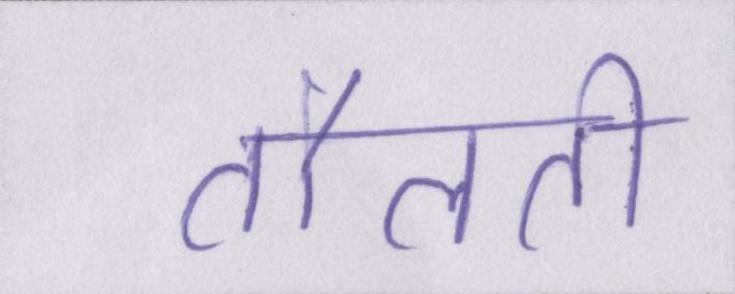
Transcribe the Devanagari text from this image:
तौलती